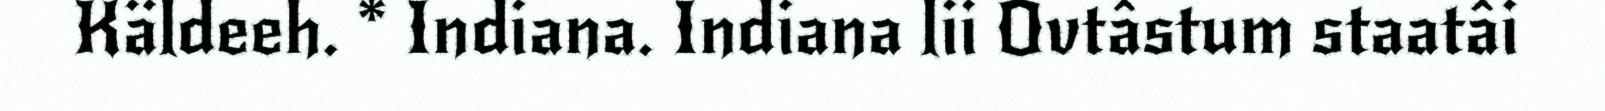
Käldeeh. * Indiana. Indiana lii Ovtâstum staatâi